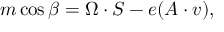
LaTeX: m \cos { \beta } = \Omega \cdot S - e ( A \cdot v ) ,